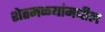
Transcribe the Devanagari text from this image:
शेतमळ्यांमधील